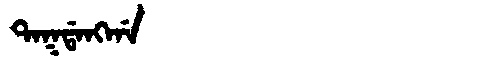
Manchu: ᡨᠠᡴᡩᠠᠩᡤᠠ
Romanization: TAKDANGGA